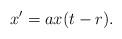
LaTeX: \begin{align*}x^{\prime }=ax(t-r). \end{align*}